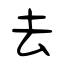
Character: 去